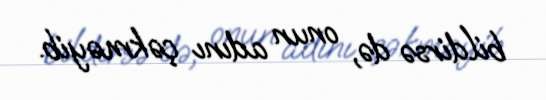
bildirsə də, onun adını çəkməyib.